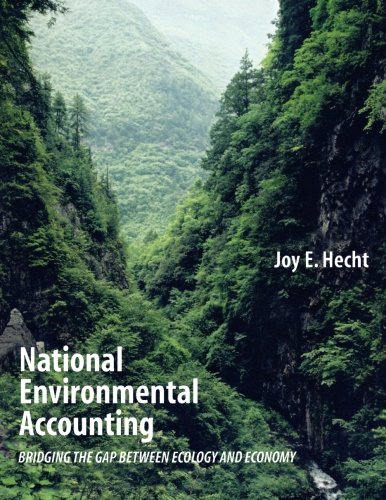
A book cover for National Environmental Accounting: Bridging the Gap between Ecology and Economy; Joy E Hecht; Business & Money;